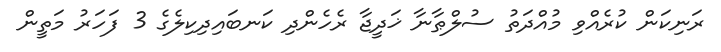
ރަނިކަން ކުރެއްވި މުއްދަތު ސުލްޠާނާ ޚަދީޖާ ރެހެންދި ކަނބައިދިކިލެގެ 3 ފަހަރު މަތީން